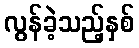
လွန်ခဲ့သည့်နှစ်